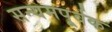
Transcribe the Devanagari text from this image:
सन्यमपूर्वक